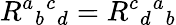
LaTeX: R^{a}{}_{b}{}^{c}{}_{d}=R^{c}{}_{d}{}^{a}{}_{b}